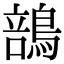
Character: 䳝